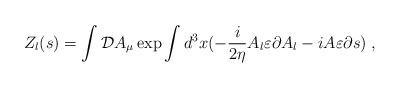
LaTeX: \begin{align*}Z_l(s)=\int {\cal D}A_\mu \exp \int d^3x(-\frac i{2\eta }A_l\varepsilon\partial A_l-iA\varepsilon \partial s)\;, \end{align*}